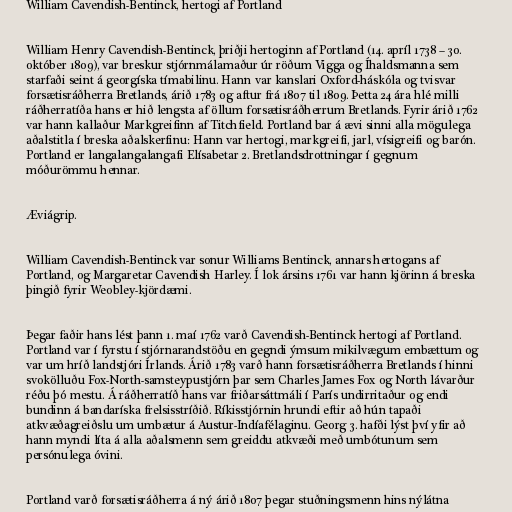
William Cavendish-Bentinck, hertogi af Portland

William Henry Cavendish-Bentinck, þriðji hertoginn af Portland (14. apríl 1738 – 30.
október 1809), var breskur stjórnmálamaður úr röðum Vigga og Íhaldsmanna sem
starfaði seint á georgíska tímabilinu. Hann var kanslari Oxford-háskóla og tvisvar
forsætisráðherra Bretlands, árið 1783 og aftur frá 1807 til 1809. Þetta 24 ára hlé milli
ráðherratíða hans er hið lengsta af öllum forsætisráðherrum Bretlands. Fyrir árið 1762
var hann kallaður Markgreifinn af Titchfield. Portland bar á ævi sinni alla mögulega
aðalstitla í breska aðalskerfinu: Hann var hertogi, markgreifi, jarl, vísigreifi og barón.
Portland er langalangalangafi Elísabetar 2. Bretlandsdrottningar í gegnum
móðurömmu hennar.

Æviágrip.

William Cavendish-Bentinck var sonur Williams Bentinck, annars hertogans af
Portland, og Margaretar Cavendish Harley. Í lok ársins 1761 var hann kjörinn á breska
þingið fyrir Weobley-kjördæmi.

Þegar faðir hans lést þann 1. maí 1762 varð Cavendish-Bentinck hertogi af Portland.
Portland var í fyrstu í stjórnarandstöðu en gegndi ýmsum mikilvægum embættum og
var um hríð landstjóri Írlands. Árið 1783 varð hann forsætisráðherra Bretlands í hinni
svokölluðu Fox-North-samsteypustjórn þar sem Charles James Fox og North lávarður
réðu þó mestu. Á ráðherratíð hans var friðarsáttmáli í París undirritaður og endi
bundinn á bandaríska frelsisstríðið. Ríkisstjórnin hrundi eftir að hún tapaði
atkvæðagreiðslu um umbætur á Austur-Indíafélaginu. Georg 3. hafði lýst því yfir að
hann myndi líta á alla aðalsmenn sem greiddu atkvæði með umbótunum sem
persónulega óvini.

Portland varð forsætisráðherra á ný árið 1807 þegar stuðningsmenn hins nýlátna